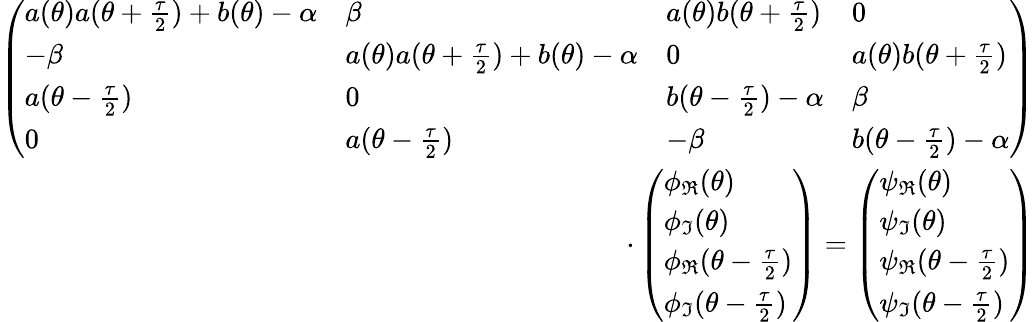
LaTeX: \begin{array}{r}{\left(\begin{array}{llll}{a(\theta)a(\theta+\frac{\tau}{2})+b(\theta)-\alpha}&{\beta}&{a(\theta)b(\theta+\frac{\tau}{2})}&{0}\\ {-\beta}&{a(\theta)a(\theta+\frac{\tau}{2})+b(\theta)-\alpha}&{0}&{a(\theta)b(\theta+\frac{\tau}{2})}\\ {a(\theta-\frac{\tau}{2})}&{0}&{b(\theta-\frac{\tau}{2})-\alpha}&{\beta}\\ {0}&{a(\theta-\frac{\tau}{2})}&{-\beta}&{b(\theta-\frac{\tau}{2})-\alpha}\end{array}\right)}\\ {\cdot\left(\begin{array}{l}{\phi_{\Re}(\theta)}\\ {\phi_{\Im}(\theta)}\\ {\phi_{\Re}(\theta-\frac{\tau}{2})}\\ {\phi_{\Im}(\theta-\frac{\tau}{2})}\end{array}\right)=\left(\begin{array}{l}{\psi_{\Re}(\theta)}\\ {\psi_{\Im}(\theta)}\\ {\psi_{\Re}(\theta-\frac{\tau}{2})}\\ {\psi_{\Im}(\theta-\frac{\tau}{2})}\end{array}\right)}\end{array}